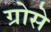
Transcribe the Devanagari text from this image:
ग्रोसे